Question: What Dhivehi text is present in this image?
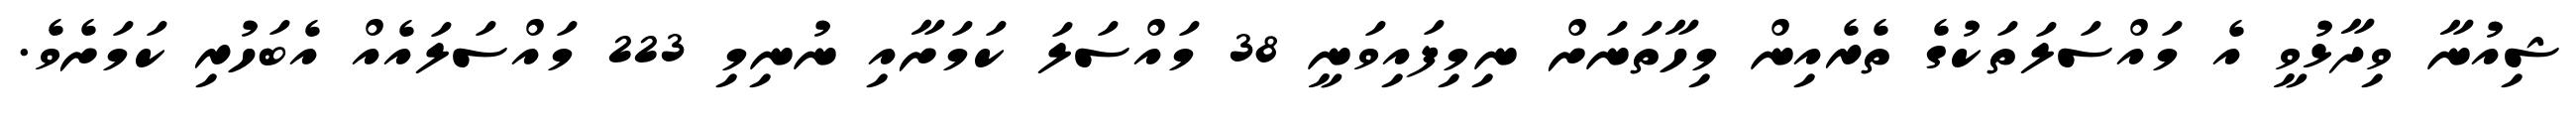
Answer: ޝިއުނާ ވިދާޅުވީ އެ މައްސަލަތަކުގެ ތެރެއިން މިހާތަނަށް ނިމިފައިވަނީ 38 މައްސަލަ ކަމަށާއި ނުނިމި 223 މައްސަލައެއް އެބަހުރި ކަމަށެވެ.